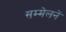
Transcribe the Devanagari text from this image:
सम्मेलनें